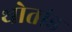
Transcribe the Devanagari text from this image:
थोतांड